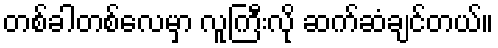
တစ်ခါတစ်လေမှာ လူကြီးလို ဆက်ဆံချင်တယ်။